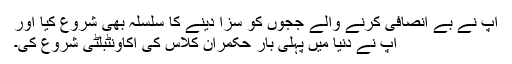
آپ نے بے انصافی کرنے والے ججوں کو سزا دینے کا سلسلہ بھی شروع کیا اور
آپ نے دنیا میں پہلی بار حکمران کلاس کی اکاؤنٹبلٹی شروع کی۔